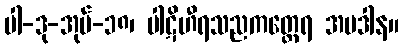
ပါ-ဒု-အုပ်-၁၈၊ ပါဋိဟီရသညကတ္ထေရ အပဒါန။